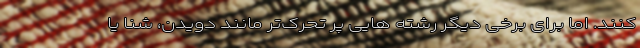
کنند. اما برای برخی دیگر رشته هایی پر تحرک‌تر مانند دویدن، شنا یا